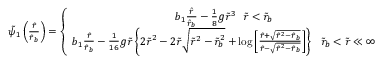
\begin{array} { r } { \tilde { \psi } _ { 1 } \left( \frac { \tilde { r } } { \tilde { r } _ { b } } \right) = \left\{ \begin{array} { c } { b _ { 1 } \frac { \tilde { r } } { \tilde { r } _ { b } } - \frac { 1 } { 8 } g \tilde { r } ^ { 3 } ~ ~ \tilde { r } < \tilde { r } _ { b } } \\ { b _ { 1 } \frac { \tilde { r } } { \tilde { r } _ { b } } - \frac { 1 } { 1 6 } g \tilde { r } \left\{ 2 \tilde { r } ^ { 2 } - 2 \tilde { r } \sqrt { \tilde { r } ^ { 2 } - \tilde { r } _ { b } ^ { 2 } } + \log \left[ \frac { \tilde { r } + \sqrt { \tilde { r } ^ { 2 } - \tilde { r } _ { b } } } { \tilde { r } - \sqrt { \tilde { r } ^ { 2 } - \tilde { r } _ { b } } } \right] \right\} ~ ~ \tilde { r } _ { b } < \tilde { r } \ll \infty } \end{array} \right. . } \end{array}